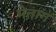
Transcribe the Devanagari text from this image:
मेत्ताग